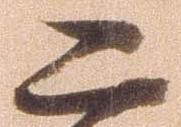
二